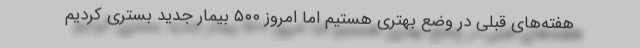
هفته‌های قبلی در وضع بهتری هستیم اما امروز ۵۰۰ بیمار جدید بستری کردیم